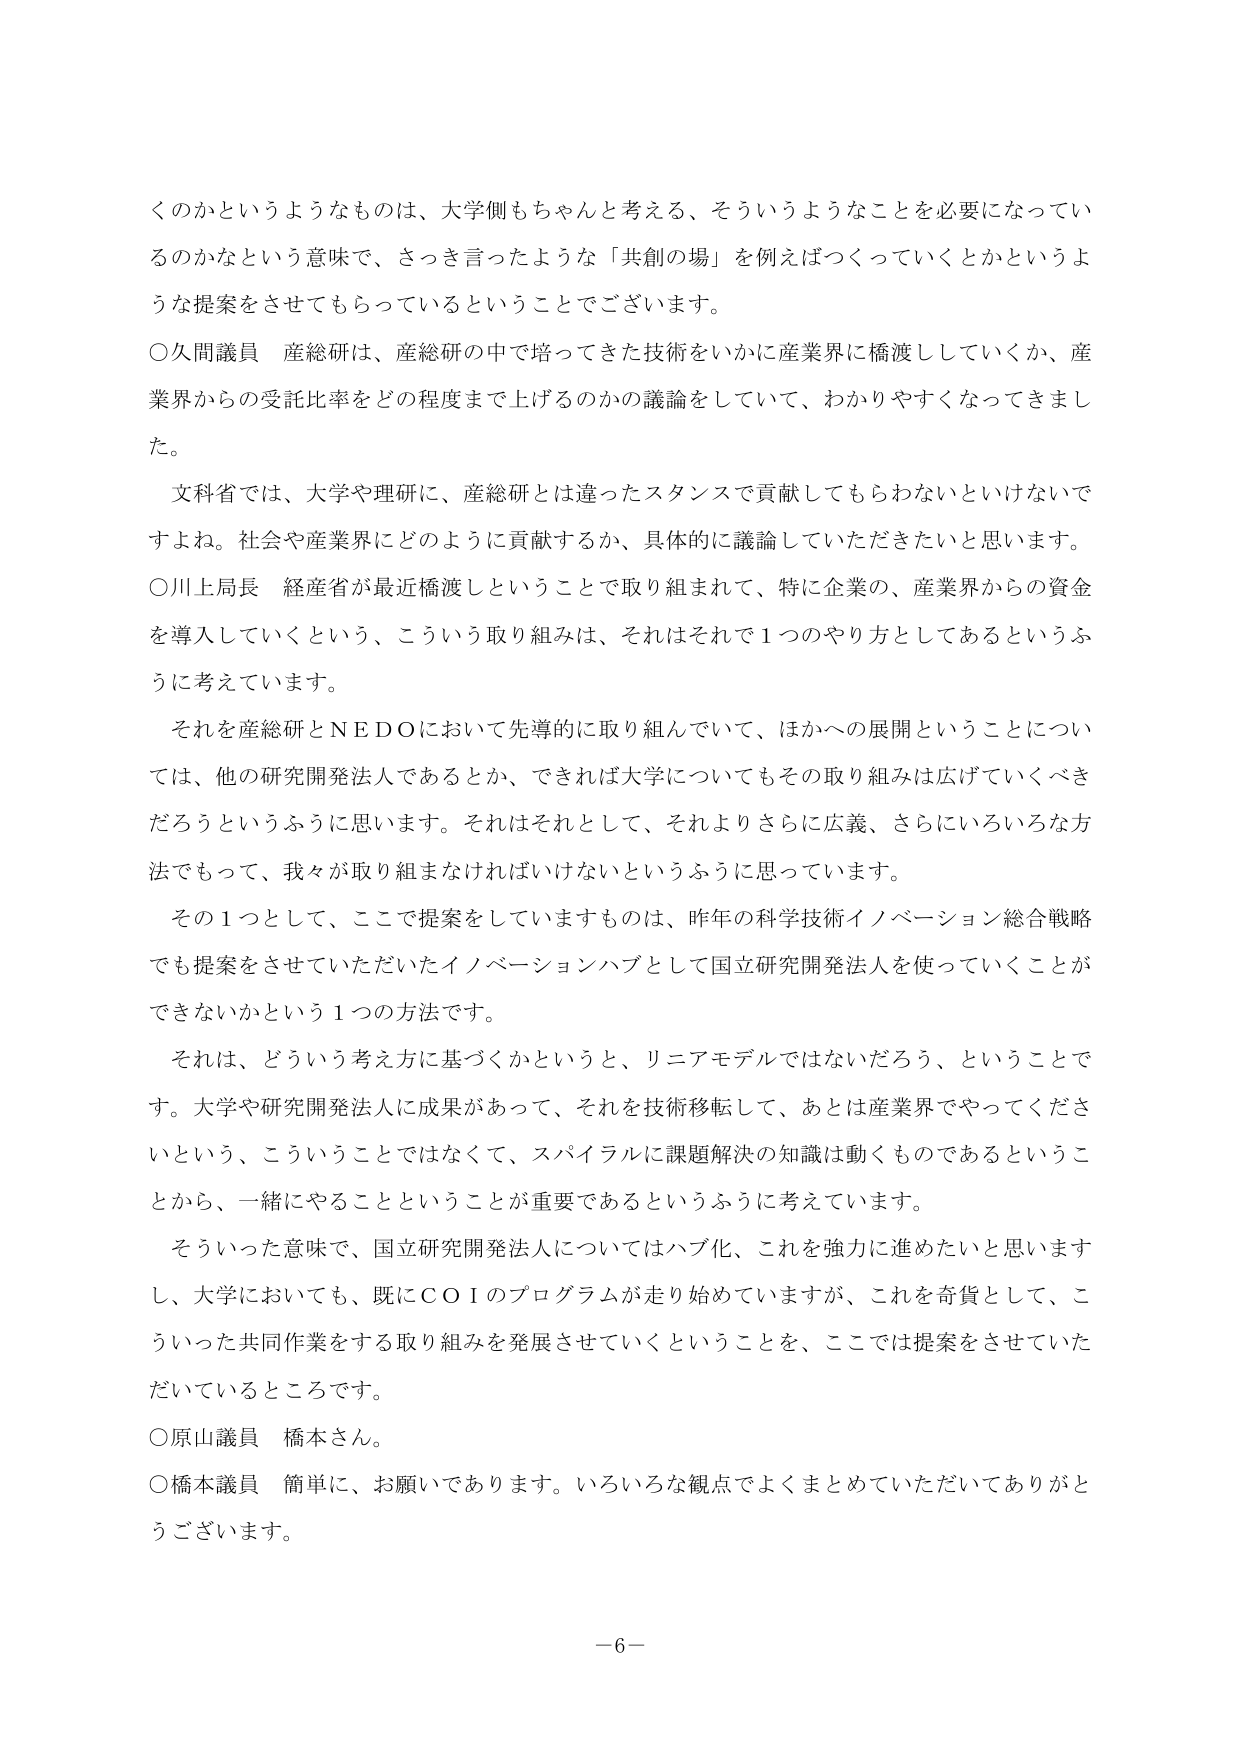
くのかというようなものは、大学側もちゃんと考える、そういうようなことを必要になってい
るのかなという意味で、さっき言ったような「共創の場」を例えばつくっていくとかというよ
うな提案をさせてもらっているということでございます。
○久間議員 産総研は、産総研の中で培ってきた技術をいかに産業界に橋渡ししていくか、産
業界からの受託比率をどの程度まで上げるのかの議論をしていて、わかりやすくなってきまし
た。
文科省では、大学や理研に、産総研とは違ったスタンスで貢献してもらわないといけないで
すよね。社会や産業界にどのように貢献するか、具体的に議論していただきたいと思います。
○川上局長 経産省が最近橋渡しということで取り組まれて、特に企業の、産業界からの資金
を導入していくという、こういう取り組みは、それはそれで１つのやり方としてあるというふ
うに考えています。
それを産総研とＮＥＤＯにおいて先導的に取り組んでいて、ほかへの展開ということについ
ては、他の研究開発法人であるとか、できれば大学についてもその取り組みは広げていくべき
だろうというふうに思います。それはそれとして、それよりさらに広義、さらにいろいろな方
法でもって、我々が取り組まなければならないというふうに思っています。
その１つとして、ここで提案をしていますものは、昨年の科学技術イノベーション総合戦略
でも提案をさせていただいたイノベーションハブとして国立研究開発法人を使っていくことが
できないかという１つの方法です。
それは、どういう考え方に基づくかというと、リニアモデルではないだろう、ということです。大学や研究開発法人に成果があって、それを技術移転して、あとは産業界でやってくださ
いという、こういうことではなくて、スパイラルに課題解決の知識は動くものであるということから、一緒にやることということが重要であるというふうに考えています。
そういった意味で、国立研究開発法人についてはハブ化、これを強力に進めたいと思います
し、大学においても、既にＣＯＩのプログラムが走り始めていますが、これを奇貨として、こ
ういった共同作業をする取り組みを発展させていくということを、ここでは提案をさせていた
だいているところです。
○原山議員 橋本さん。
○橋本議員 簡単に、お願いであります。いろいろな観点でよくまとめていただいてありがとう
ございます。
－６－